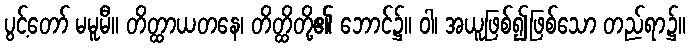
ပွင့်တော် မမူမီ။ တိတ္ထာယတနေ၊ တိတ္ထိတို့၏ ဘောင်၌။ ဝါ၊ အယူဖြစ်၍ဖြစ်သော တည်ရာ၌။